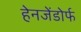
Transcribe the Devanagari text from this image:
हेनजेंडोर्फ